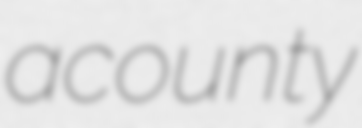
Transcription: a county